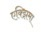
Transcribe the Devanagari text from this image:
एक्झिमा